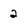
Character: 2